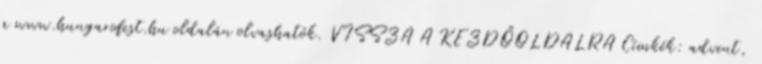
a www.hungarofest.hu oldalán olvashatók. VISSZA A KEZDŐOLDALRA Címkék: advent,